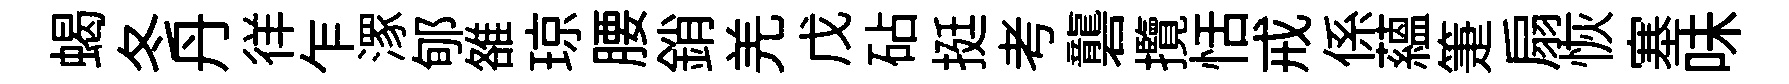
蝎冬丹徉乍潈郇雒琼腰銷羌戊砧挺考礱攬恬戒係藴箑扇恢塞味